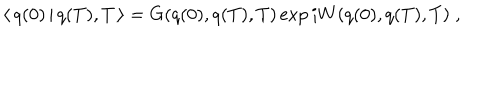
\langle \, q ( 0 ) \, | \, q ( T ) , T \, \rangle = G ( q ( 0 ) , q ( T ) , T ) \exp i W ( q ( 0 ) , q ( T ) , T ) \; ,